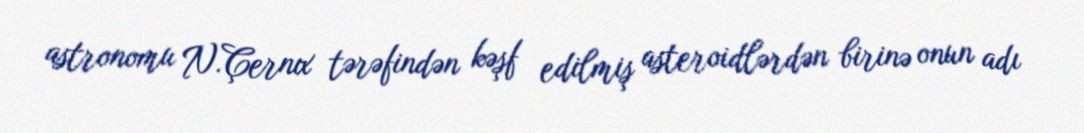
astronomu N.Çernıx tərəfindən kəşf edilmiş asteroidlərdən birinə onun adı